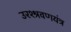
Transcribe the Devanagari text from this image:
उरश्श्रवणयंत्र